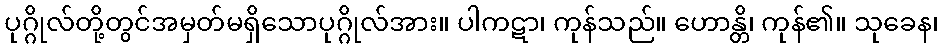
ပုဂ္ဂိုလ်တို့တွင်အမှတ်မရှိသောပုဂ္ဂိုလ်အား။ ပါကဋာ၊ ကုန်သည်။ ဟောန္တိ၊ ကုန်၏။ သုခေန၊